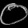
Digit: ၀